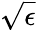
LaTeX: \sqrt{\epsilon}